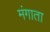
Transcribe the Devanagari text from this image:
मंगाता